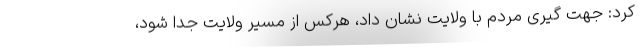
کرد: جهت گیری مردم با ولایت نشان داد، هرکس از مسیر ولایت جدا شود،